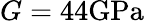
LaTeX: G=44\mathrm{GPa}